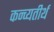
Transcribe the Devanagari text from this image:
कन्व्यतीर्थ